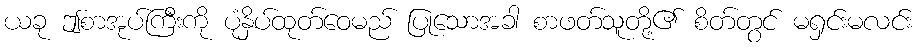
ယခု ဤစာအုပ်ကြီးကို ပုံနှိပ်ထုတ်ဝေမည် ပြုသောအခါ စာဖတ်သူတို့၏ စိတ်တွင် မရှင်းမလင်း